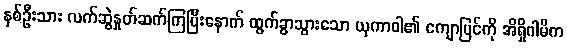
နှစ်ဦးသား လက်ဆွဲနှုတ်ဆက်ကြပြီးနောက် ထွက်ခွာသွားသော ယုကာဝါ၏ ကျောပြင်ကို အိရှိဂါမိက